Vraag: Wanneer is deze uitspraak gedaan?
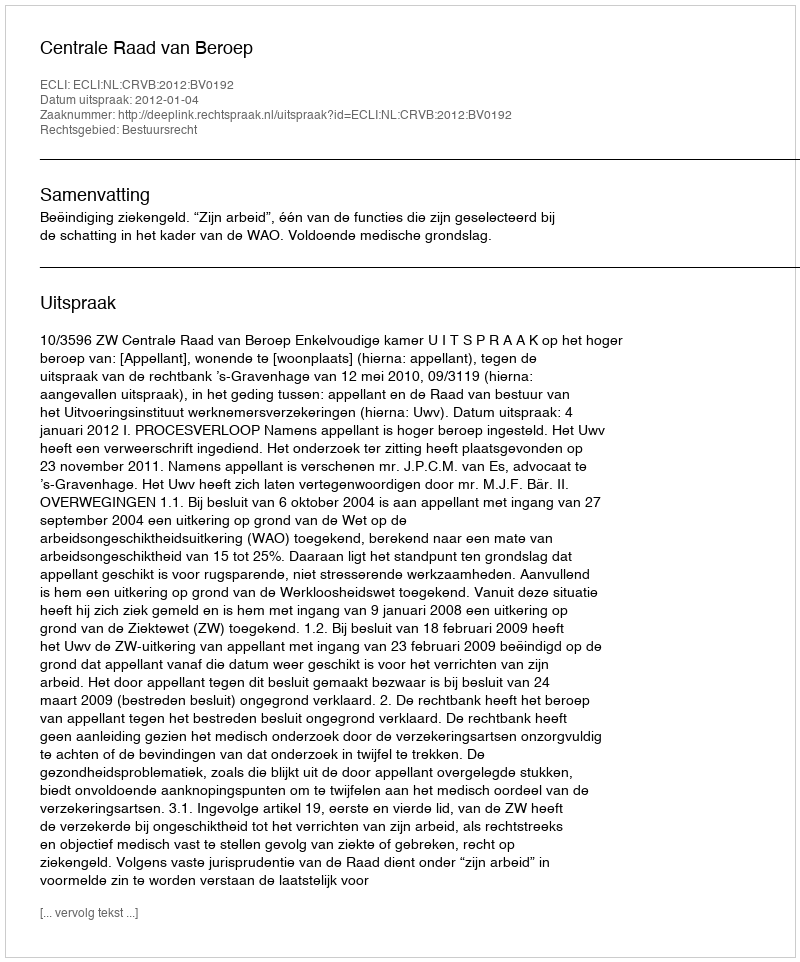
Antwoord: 2012-01-04